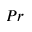
P r